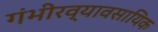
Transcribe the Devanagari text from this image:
गंभीरव्यावसायिक